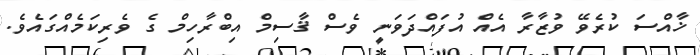
ޚާއްސަ ކުރެވޭ ވުޒާރާ އެއް އުފައްދަވަނީ ވެސް ޤާސިމް އިބްރާހިމް ގެ ވެރިކަމެއްގައެވެ.